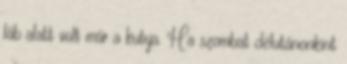
láb alatt volt már a kutya. Ha szombat délutánonkint